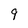
Character: 9